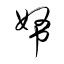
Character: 帑